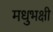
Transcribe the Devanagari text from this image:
मधुभक्षी